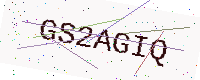
Text: GS2AGIQ